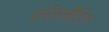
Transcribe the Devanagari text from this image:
प्रिस्मैटिक